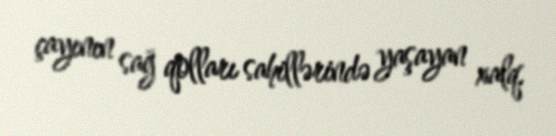
çayının sağ qolları sahillərində yaşayan xalq.